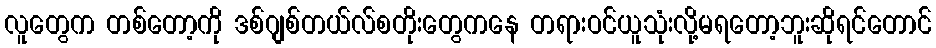
လူတွေက တစ်တော့ကို ဒစ်ဂျစ်တယ်လ်စတိုးတွေကနေ တရားဝင်ယူသုံးလို့မရတော့ဘူးဆိုရင်တောင်